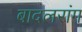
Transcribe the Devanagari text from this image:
बादलरांग